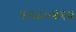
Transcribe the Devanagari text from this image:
१२८०४१५